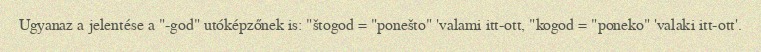
Ugyanaz a jelentése a "-god" utóképzőnek is: "štogod = "ponešto" 'valami itt-ott, "kogod = "poneko" 'valaki itt-ott'.